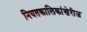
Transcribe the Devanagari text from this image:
नियतकालिकांखेरीज